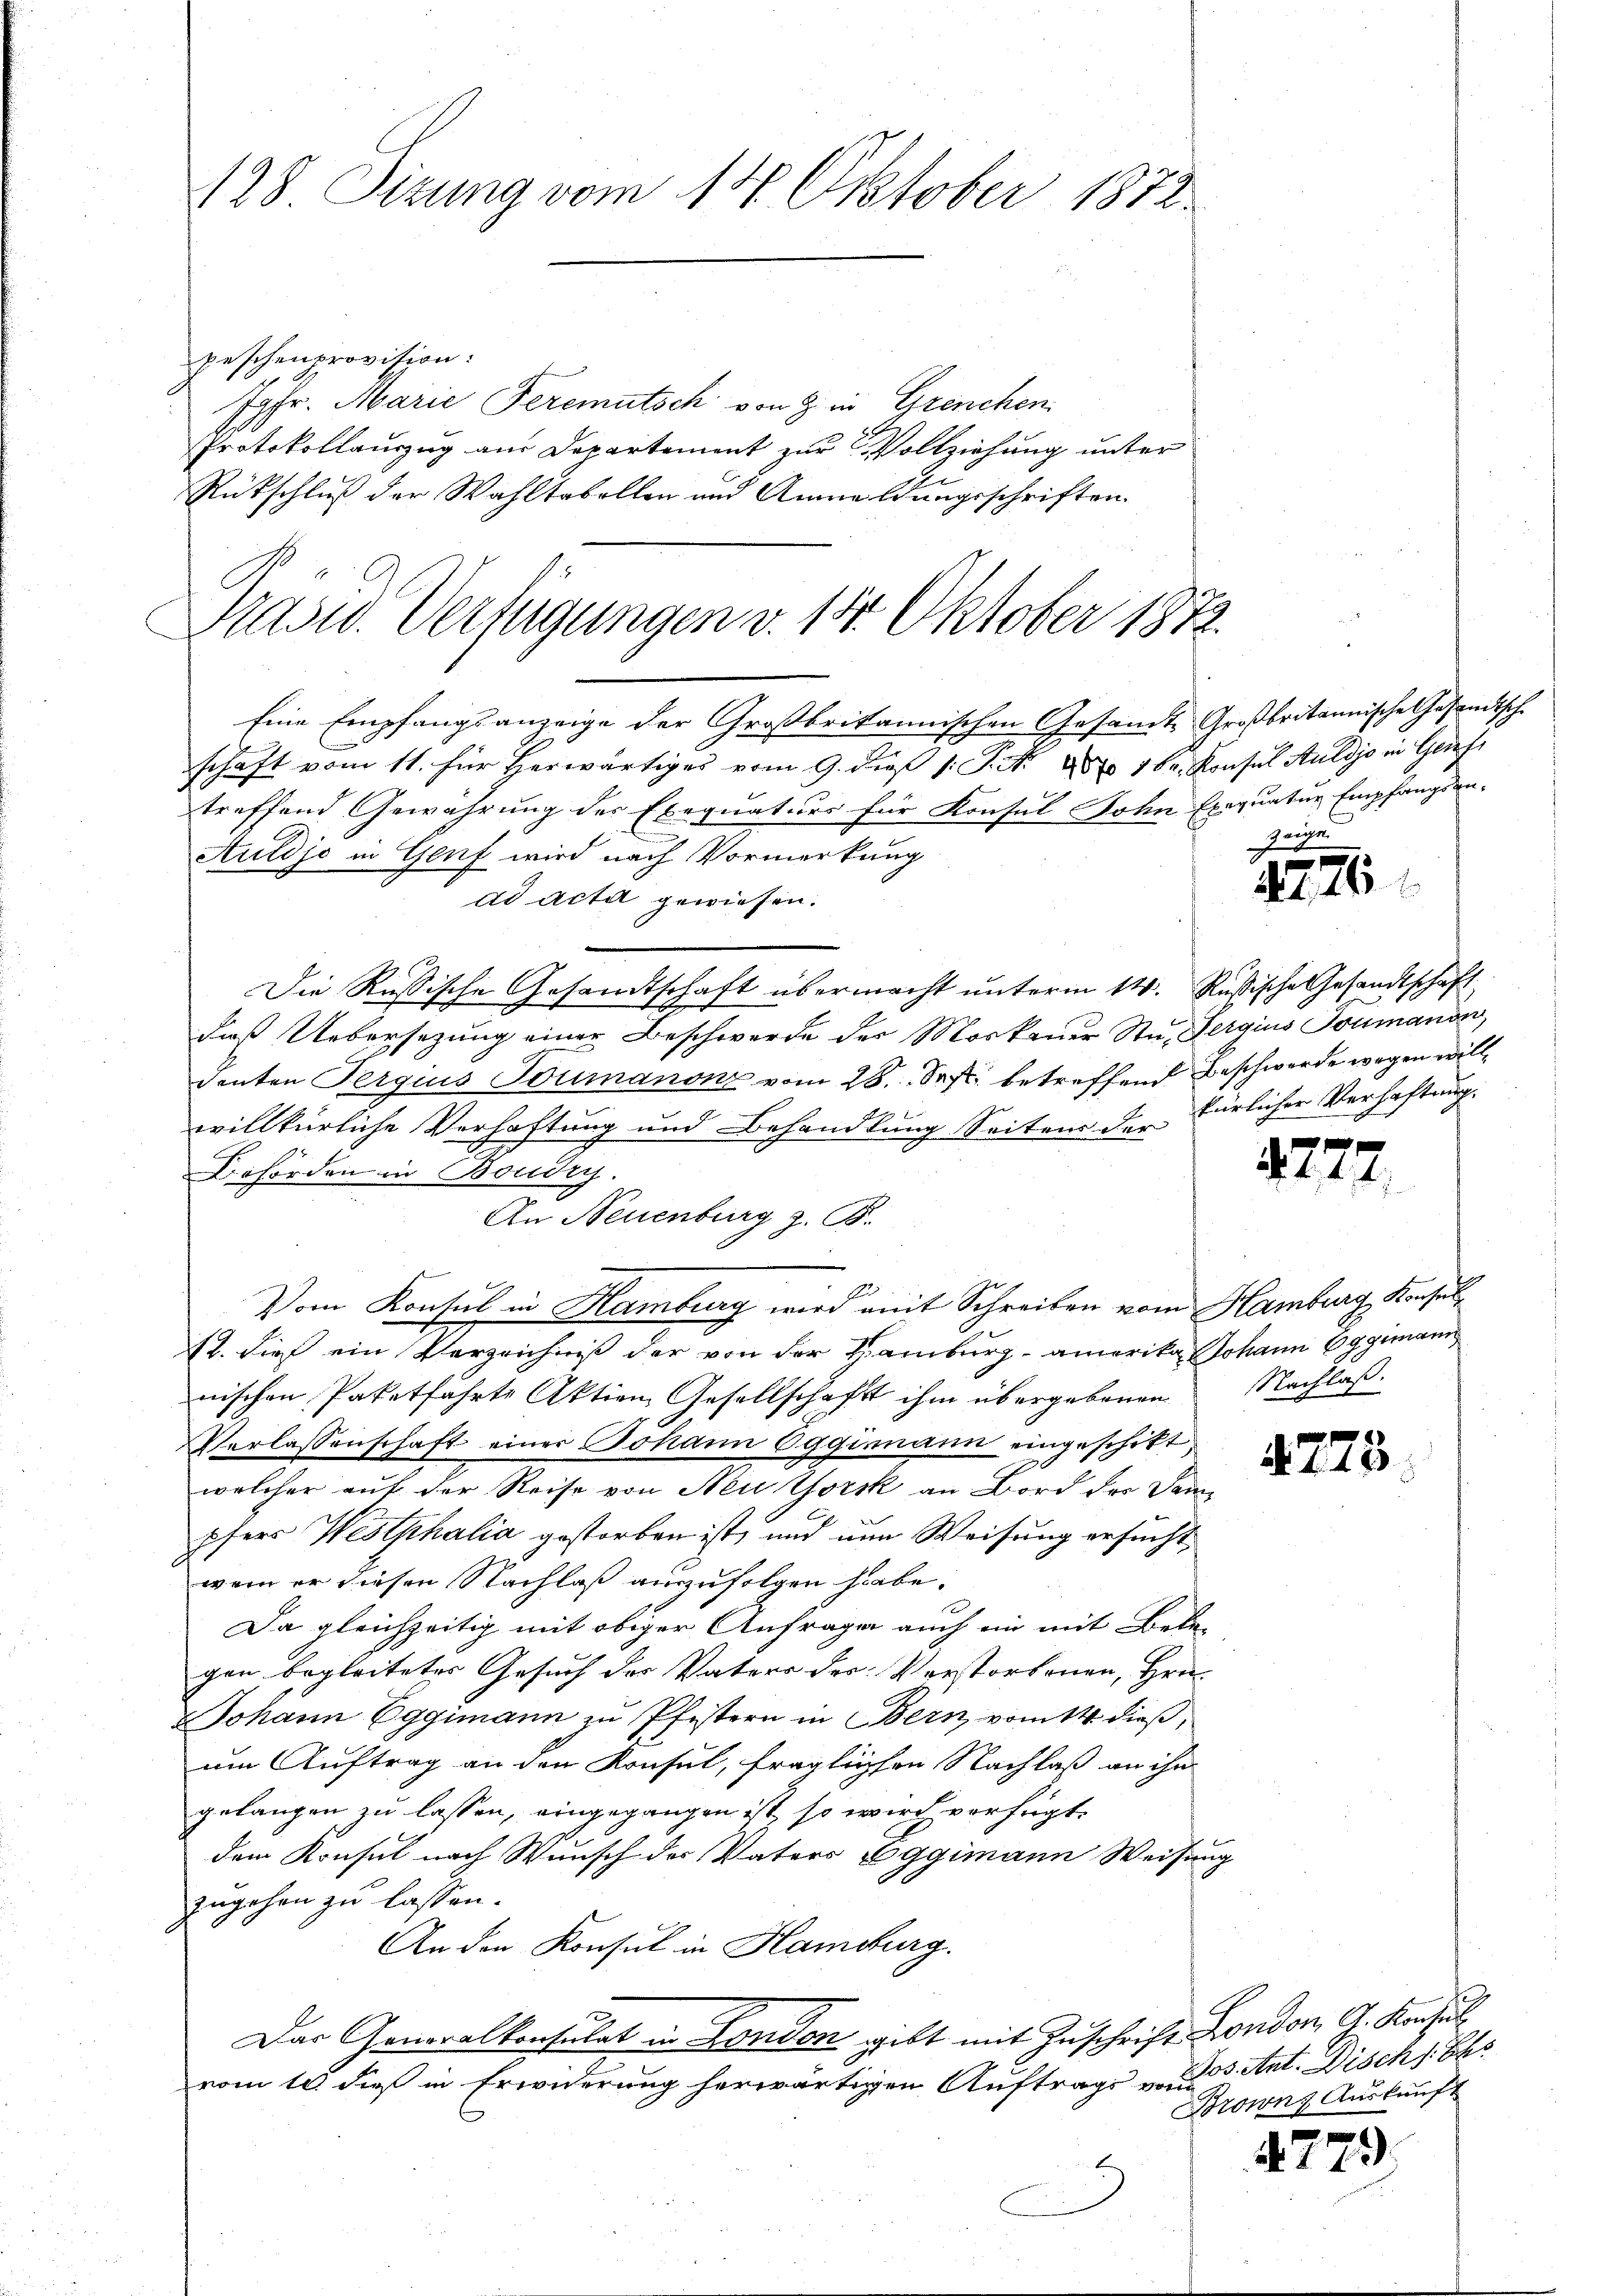
128 Sizung vom 14. Oktober 1872.

peschenprovision:
Jgfr. Marie Peremutsch von 8 in Grenchen
Protokollauszug aus Departement zur Vollziehung unter
Rütschluß der Wahltabellen und Anmeldungsschriften.
Kasid. Verfügungen v. 14. Oktober 1872.

Eine Empfangsanzeige der Großbritannischen Gesamt Großbritannische Gesandtsche
schaft vom 11. für herwärtiges vom 9. die 1. P. Nr. 987 164. Konsul Auldjo in Genf
treffend Gewährung des Exequaturs für Konsul Sohn Exequatur Empfangsan-
Auldje in Genf wird nach Vormerkung
dd acta gewiesen.
Die Russische Gesandtschaft übermacht unterm 14. Rußische Gesandtschaft
dieß Uebersezung einer Beschwerde der Moskauer Stu- Sergius Joumanon,
denten Perguis Baumanon vom 28. Sept. betreffend Beschwerde wegen willwillkürliche Verhaftung und Behandlung Seitens der Fürlicher Verhaftung.
Behörden in Boudry.
An Neuenburg z. B.
Vom Konsul in Hamburg wird amit Schreiben vom Hamburg Konsul¬
12. dieß ein Verzeichniß der von der Hamburg-amerika Johann Eggimann
nischen Paketfährte Aktien Gesellschaft ihm übergebenen
Verlassenschaft einer Johann Oggimann eingeschikt
welcher auf der Reise von Neuthorik an Bord der Sampfers Westphalia gestorben ist, und um Weisung ersucht,
wem er diesen Nachlaß auszufolgen habe.
Da gleichzeitig mit obiger Anfragen auch ein mit Belegen begleiteter Gesuch der Vaters des Vorstorbenen, Hrn.
Johann Eggimann zu Pfistern in Bern, vom 14 dieß,
um Auftrag an den Konsul, fraglichen Nachlaß an ihn
gelangen zu lassen, eingegangen ist, so wird verfügt:
dem Konsul nach Wunsch der Vaters Eggimann Weisung
zugehen zu lassen.
An den Konsul in Hamburg.
Das Generalkonsulat in London gibt mit Zuschrift London G. Konsulvom 10. dieß in Erwiderung herwärtigen Auftrags u. des Ant. Disch s. Bes

zeige
f

121

2277.

Nachlaß.

4773

Brown Auskunft

472

)